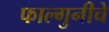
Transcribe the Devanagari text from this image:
फाल्गुनीचे